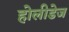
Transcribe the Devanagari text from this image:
होलीडेज